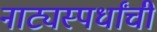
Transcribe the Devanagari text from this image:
नाट्यस्पर्धांची